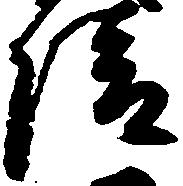
清